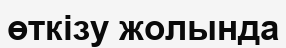
өткізу жолында